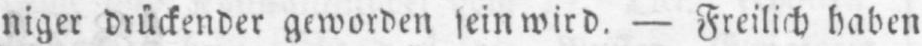
niger drückender geworden sein wird. - Freilich haben